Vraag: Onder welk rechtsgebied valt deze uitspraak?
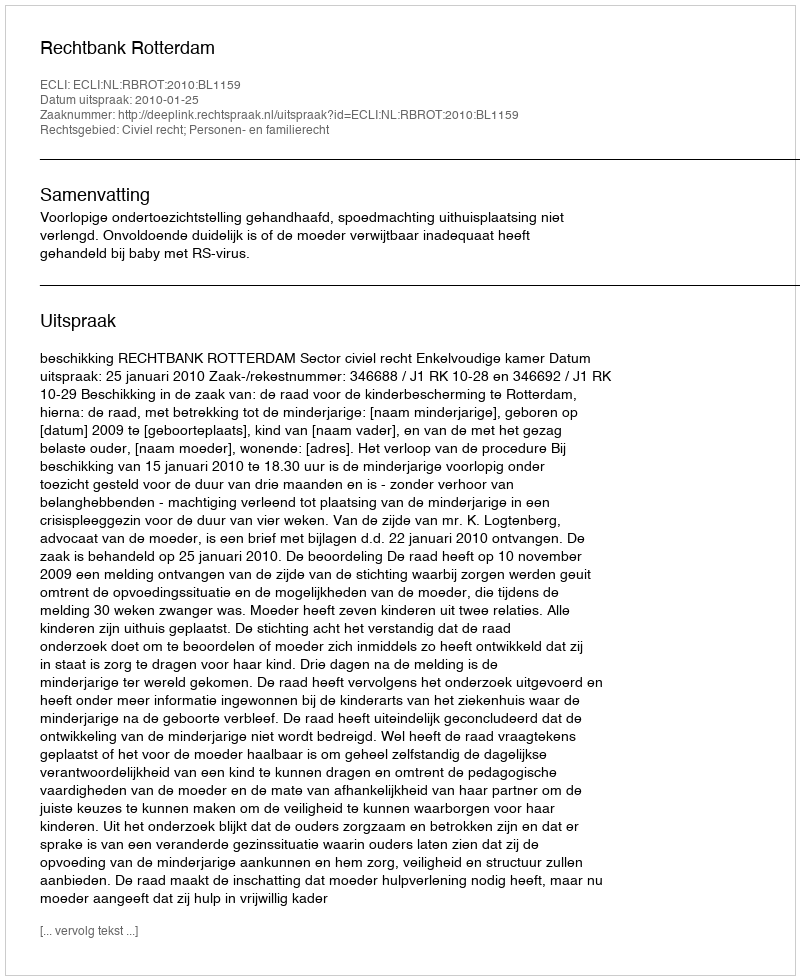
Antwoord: Civiel recht; Personen- en familierecht